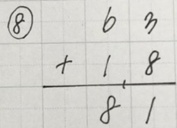
\begin{tabular}{r}
    \textcircled{8} \\
    \(b\ 3\) \\
    \(+\ 1\ 8\) \\
    \hline
    \(8\ 1\)
\end{tabular}